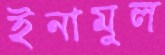
ইনামুল